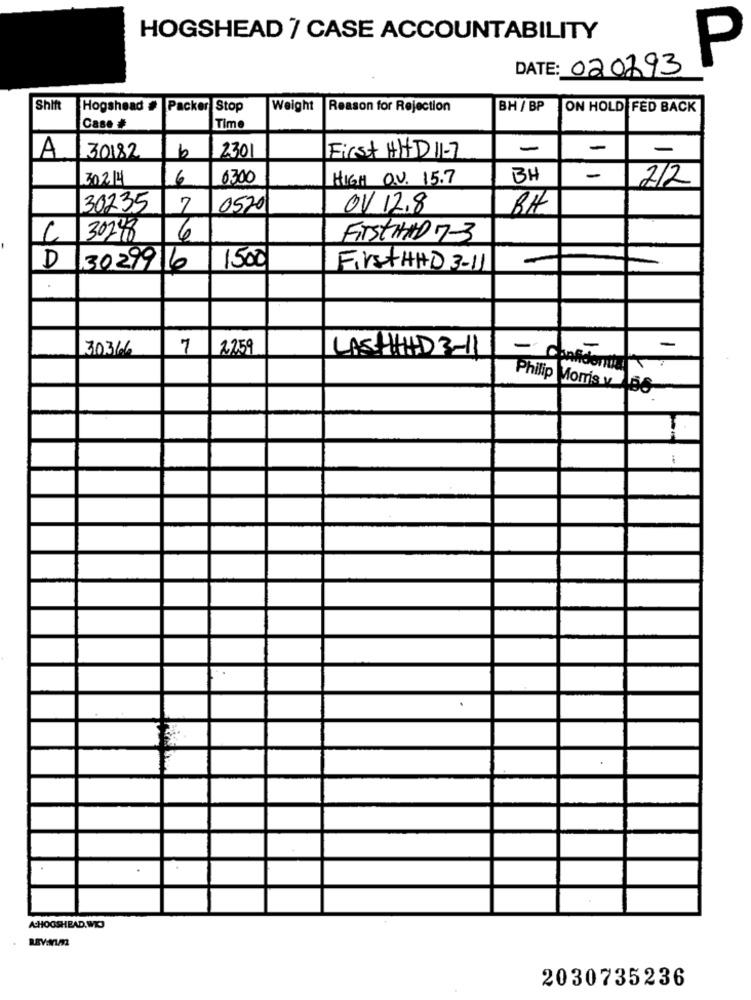
HOGSHEAD 7 CASE ACCOUNTABILITY
P
DATE: 020293
Shift
Hogshead
Packer Stop
Weight
Reason for Rejection
BH / BP
ON HOLD FED BACK
Case #
Time
-
-
-
LA
30182
b
2301
First HHD 11-7
30214
6
0300
HIGH O.V. 15.7
BH
-
2/2
30235
7
0520
OV 12.8
BA
30248
6
FirstHAD 7-3
D
1500
-
3029916
FirstHAD 3-11
30366
7
2259
-
LASTHAD 3-11
- Confidential
Philip Morris v 66
ACHOOSHEAD.WIC
2030735236